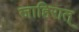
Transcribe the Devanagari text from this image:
जाहिरात्